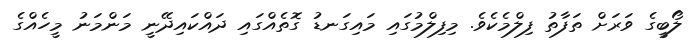
ލޯބީގެ ވަރަށް ތަފާތު ފިލްމެކެވެ. މިފިލްމުގައި މައިގަނޑު ގޮތެއްގައި ދައްކައިދޭނީ މަންމަނު މީހެއްގެ